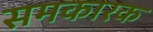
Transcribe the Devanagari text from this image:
समकारक